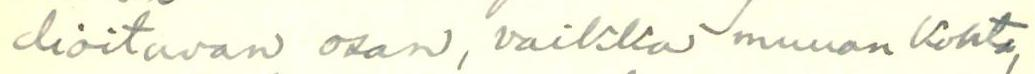
dioitavan osan, vaikka muuan Kohta,